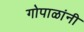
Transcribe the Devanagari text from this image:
गोपाळांनी